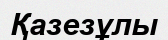
Қазезұлы